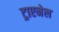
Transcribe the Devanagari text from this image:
ट्राएनेल